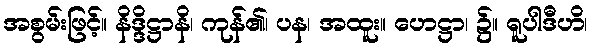
အစွမ်းဖြင့်။ နိဒ္ဒိဋ္ဌာနိ၊ ကုန်၏၊ ပန၊ အထူး။ ဟေဋ္ဌာ၊ ၌။ ရူပါဒီဟိ၊